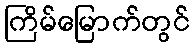
ကြိမ်မြောက်တွင်